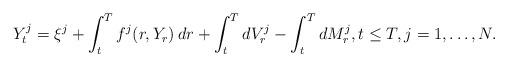
LaTeX: \begin{align*}Y^j_t=\xi^j+\int_t^T f^j(r,Y_r)\,dr+\int_t^TdV^j_r-\int_t^TdM^j_r, t\le T,j=1,\dots,N.\end{align*}